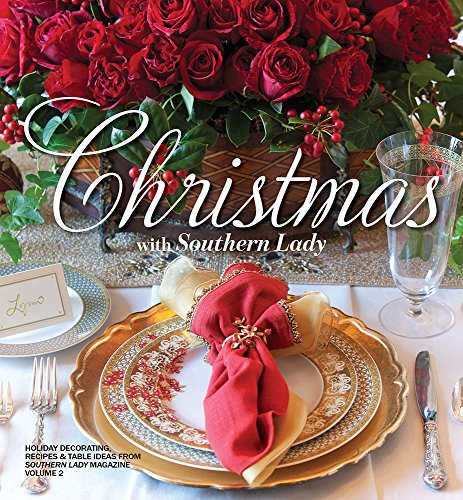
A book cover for Christmas with Southern Lady- Volume II: Holiday Decorating, Recipes, and Table Ideas; Cookbooks, Food & Wine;